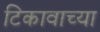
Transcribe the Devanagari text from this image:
टिकावाच्या